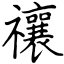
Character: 禳